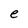
Character: e